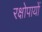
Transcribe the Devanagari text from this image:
रक्षोपायों